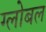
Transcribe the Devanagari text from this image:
ग्लोबल